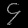
Digit: ၄